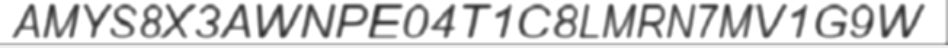
AMYS8X3AWNPE04T1C8LMRN7MV1G9W